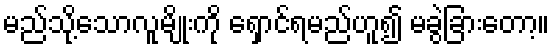
မည်သို့သောလူမျိုးကို ရှောင်ရမည်ဟူ၍ မခွဲခြားတော့။